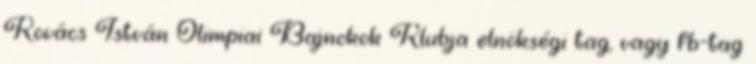
Kovács István Olimpiai Bajnokok Klubja elnökségi tag, vagy fb-tag